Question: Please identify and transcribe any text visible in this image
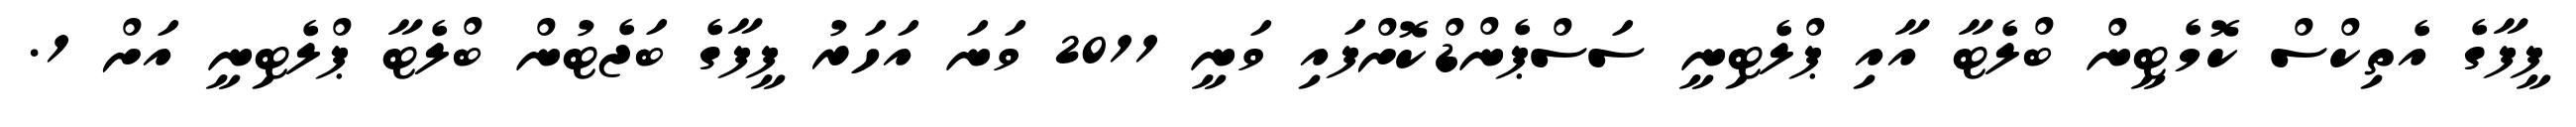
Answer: ފީފާގެ އެތިކްސް ކޮމެޓީން ބްލެޓާ އާއި ޕްލެޓިނީ ސަސްޕެންޑްކޮށްފައި ވަނީ 2011 ވަނަ އަހަރު ފީފާގެ ބަޖެޓުން ބްލެޓާ ޕްލެޓިނީ އަށް 1.